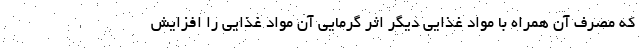
که مصرف آن همراه با مواد غذایی دیگر اثر گرمایی آن مواد غذایی را افزایش